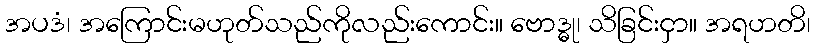
အပဒံ၊ အကြောင်းမဟုတ်သည်ကိုလည်းကောင်း။ ဗောဒ္ဓု၊ သိခြင်းငှာ။ အရဟတိ၊